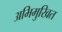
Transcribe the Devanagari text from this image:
अभिमुखित